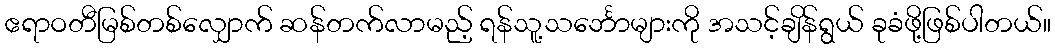
ဧရာဝတီမြစ်တစ်လျှောက် ဆန်တက်လာမည့် ရန်သူ့သင်္ဘောများကို အသင့်ချိန်ရွယ် ခုခံဖို့ဖြစ်ပါတယ်။